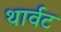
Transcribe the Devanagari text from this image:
थार्वट